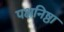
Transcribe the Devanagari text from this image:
पक्षनिष्ठा